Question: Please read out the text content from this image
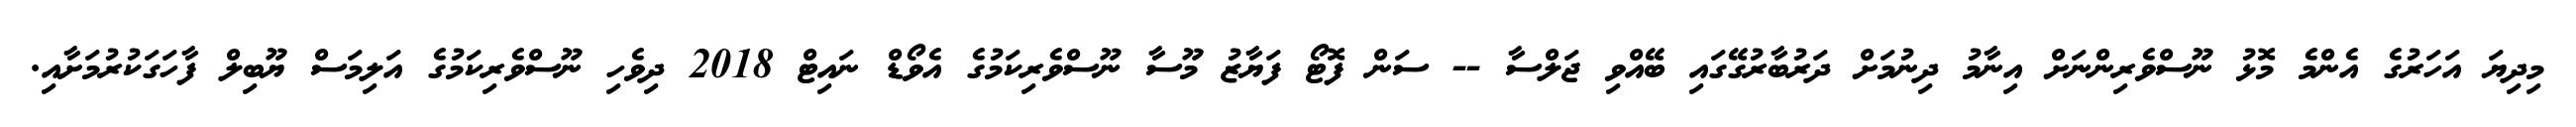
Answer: މިދިޔަ އަހަރުގެ އެންމެ މޮޅު ނޫސްވެރިންނަށް އިނާމު ދިނުމަށް ދަރުބާރުގޭގައި ބޭއްވި ޖަލްސާ -- ސަން ފޮޓޯ ފަޔާޒު މޫސާ ނޫސްވެރިކަމުގެ އެވޯޑް ނައިޓް 2018 ދިވެހި ނޫސްވެރިކަމުގެ އަލިމަސް ޔޫބިލް ފާހަގަކުރުމަށާއި.